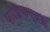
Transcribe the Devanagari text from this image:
परिभ्रमणचक्र